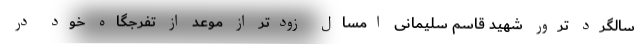
سالگرد ترور شهید قاسم سلیمانی امسال زودتر از موعد از تفرجگاه خود در